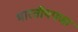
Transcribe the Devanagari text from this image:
भारतीयपणा